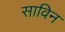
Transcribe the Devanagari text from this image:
साविन